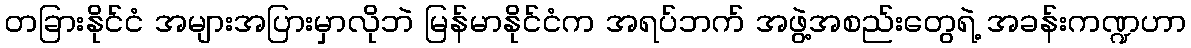
တခြားနိုင်ငံ အများအပြားမှာလိုဘဲ မြန်မာနိုင်ငံက အရပ်ဘက် အဖွဲ့အစည်းတွေရဲ့ အခန်းကဏ္ဍဟာ